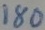
Text: 180